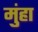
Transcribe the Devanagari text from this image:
मुंहा